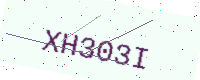
Text: XH303I